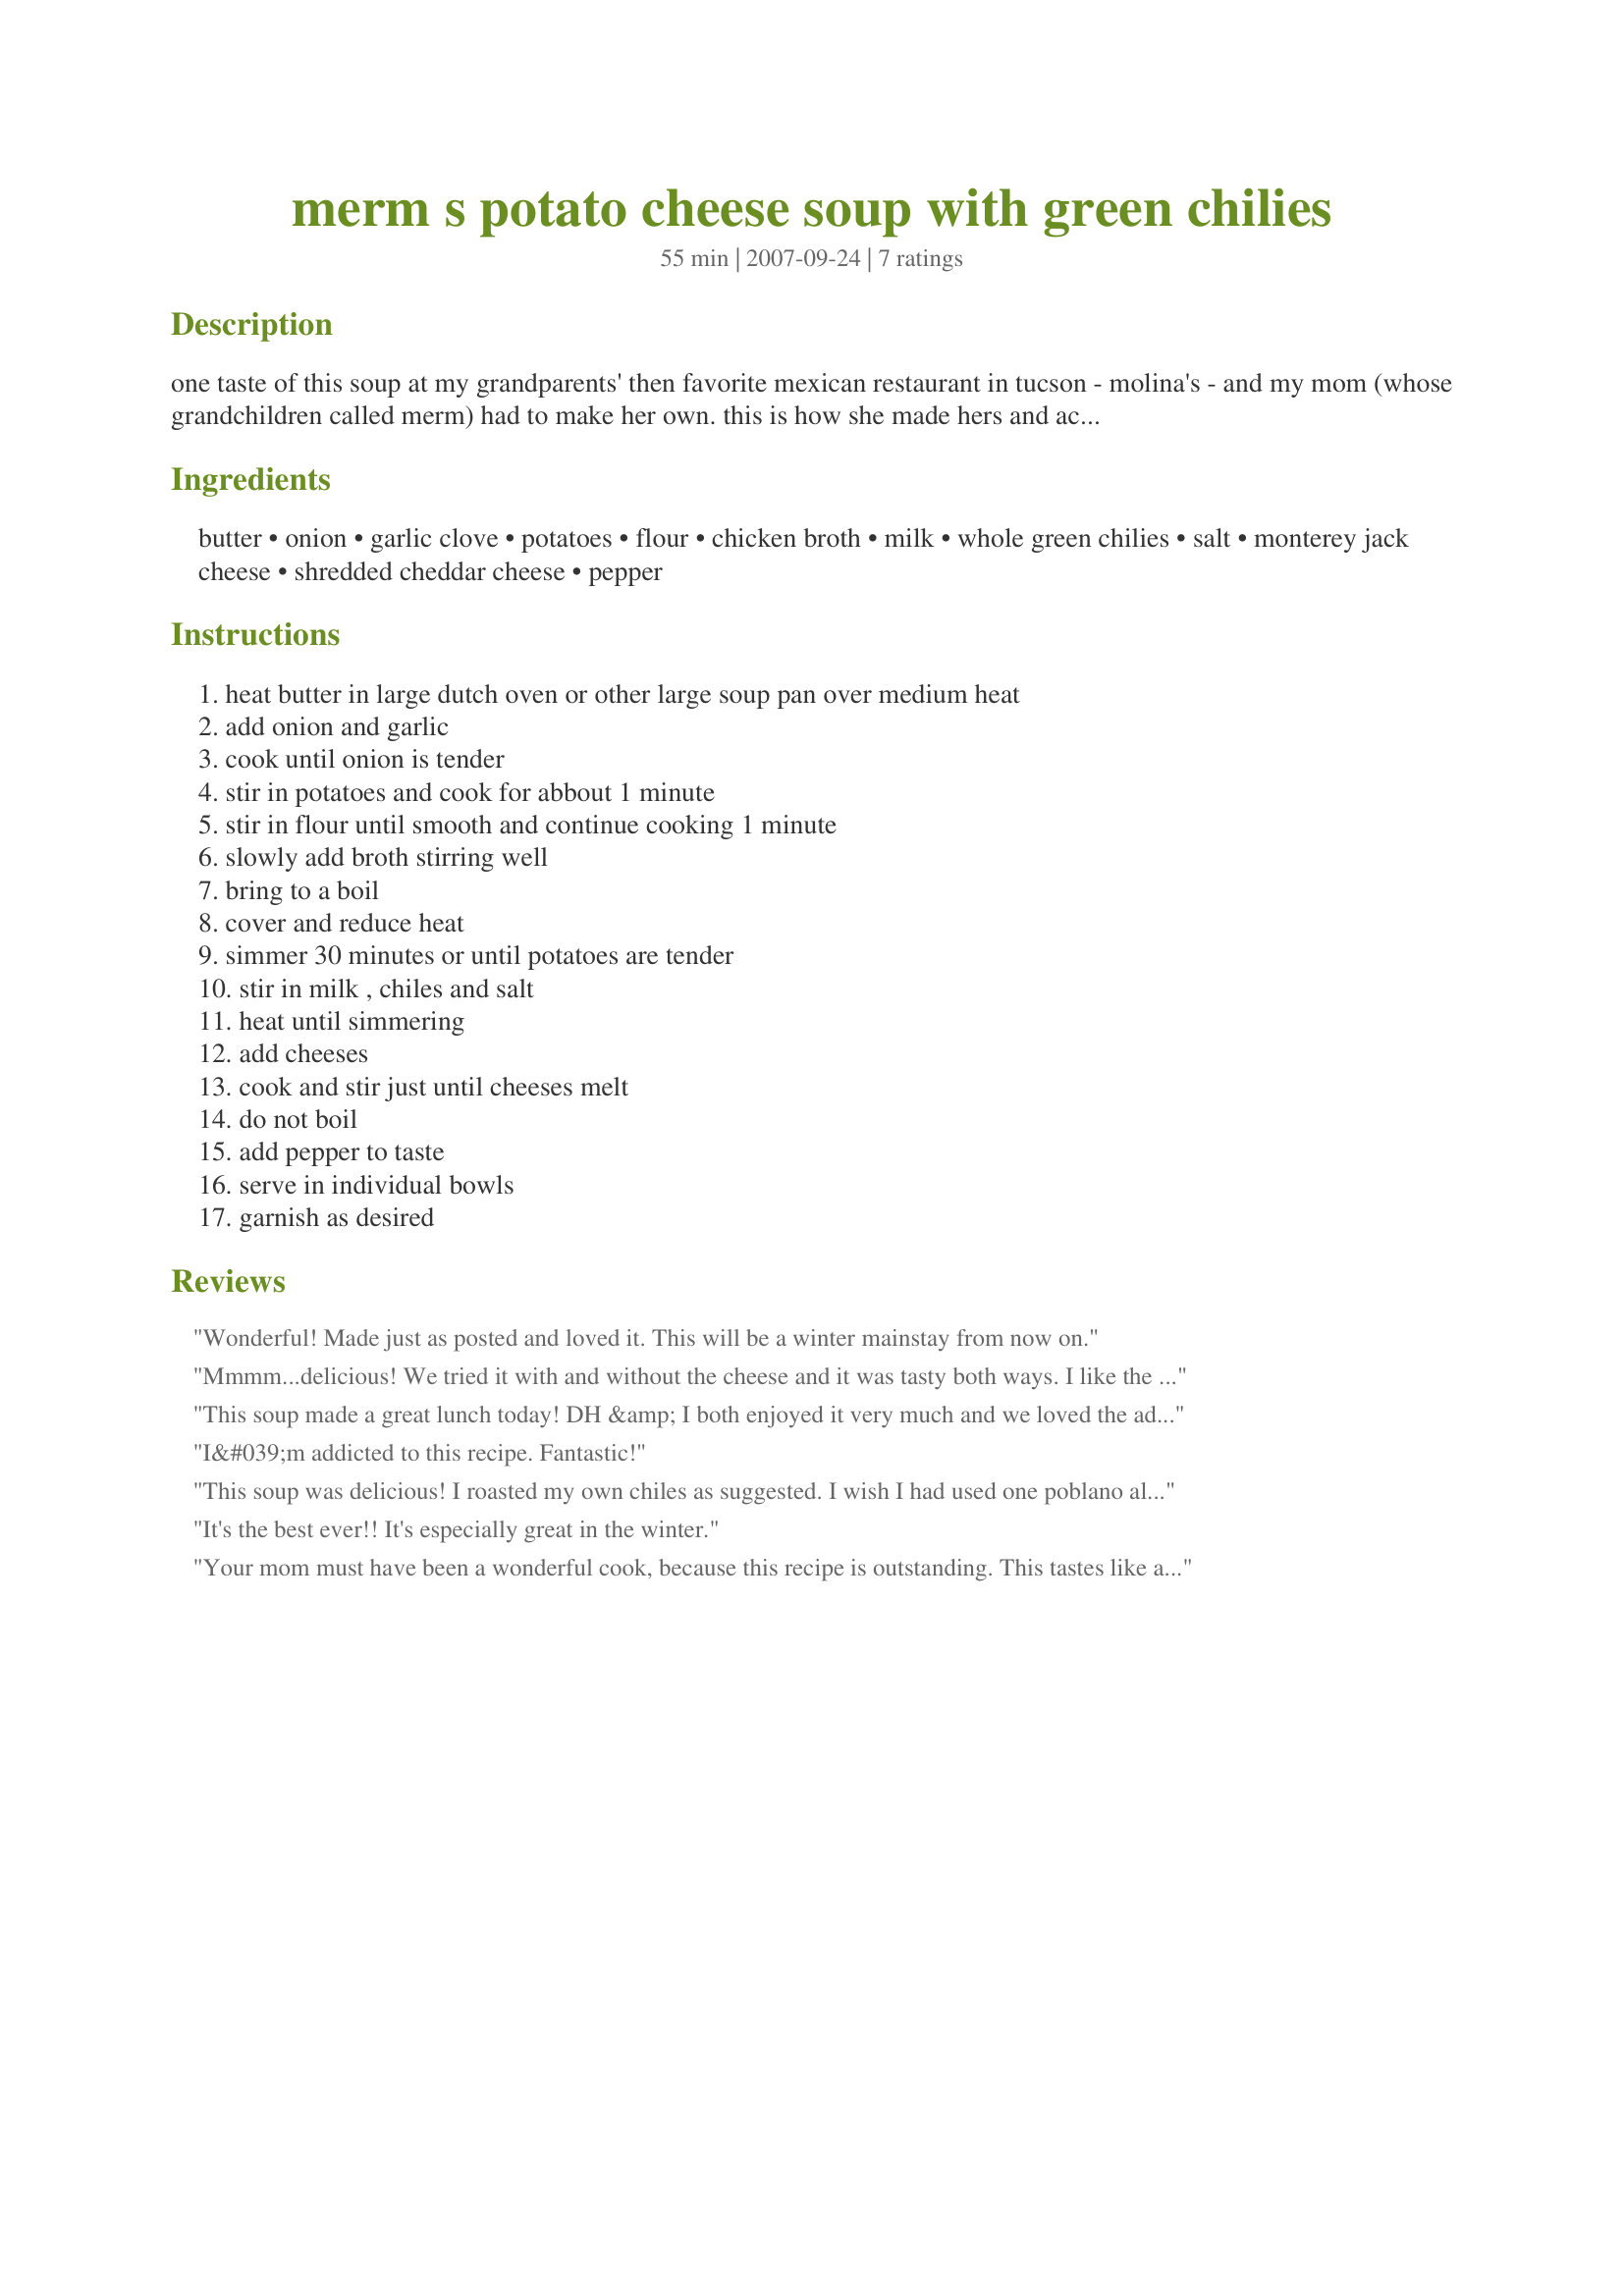
merm s potato cheese soup with green chilies
Preparation time: 55 minutes

one taste of this soup at my grandparents' then favorite mexican restaurant in tucson - molina's - and my mom (whose grandchildren called merm) had to make her own. this is how she made hers and actually everyone liked mom's version (made with love) better than molina's. this is pure comfort food for my dad and for me and we chat about memories of my beloved mother as we eat. serve with fresh warm flour tortillas for dipping and of course a nice mexican beer.

Ingredients:
butter, onion, garlic clove, potatoes, flour, chicken broth, milk, whole green chilies, salt, monterey jack cheese, shredded cheddar cheese, pepper

Steps:
heat butter in large dutch oven or other large soup pan over medium heat, add onion and garlic, cook until onion is tender, stir in potatoes and cook for abbout 1 minute, stir in flour until smooth and continue cooking 1 minute, slowly add broth stirring well, bring to a boil, cover and reduce heat, simmer 30 minutes or until potatoes are tender, stir in milk , chiles and salt, heat until simmering, add cheeses, cook and stir just until cheeses melt, do not boil, add pepper to taste, serve in individual bowls, garnish as desired

Reviews:
Wonderful! Made just as posted and loved it. This will be a winter mainstay from now on.
Mmmm...delicious! We tried it with and without the cheese and it was tasty both ways. I like the idea of trimming back on some of the calories sometimes and it would work here. I&#039;m looking forward to making it again using fresh roasted chilies.Thank for sharing this yummy, comfort food recipe.
This soup made a great lunch today! DH &amp; I both enjoyed it very much and we loved the addition of the green chiles. I made a few changes by adding some bacon to the onion and garlic and I used less green chiles - 12 oz. vs. 27 oz. -- I would have used more, but didn&#039;t have them on hand. I used a more potatoes and stock as well just to stretch the soup. Will definitely make this delicious soup again.
I&#039;m addicted to this recipe. Fantastic!
This soup was delicious! I roasted my own chiles as suggested. I wish I had used one poblano along with the Anaheim chiles, but it was still wonderful! I also added 1/4 tsp of cumin and a handful of chopped cilantro at the end. Thank you for sharing this!!
It's the best ever!! It's especially great in the winter.
Your mom must have been a wonderful cook, because this recipe is outstanding. This tastes like a cross between a chile relleno and potato soup. I used 2 pasilla and 6 anaheim chiles which I roasted and peeled. I'll be making this one all fall and winter long. Thank you for sharing your mom's recipe SoozieQ.
